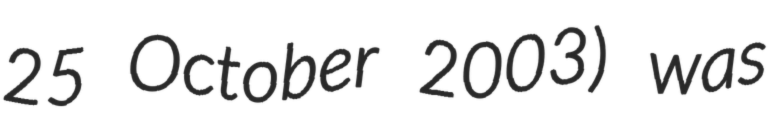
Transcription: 25 October 2003) was